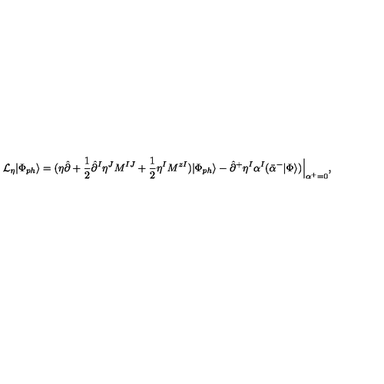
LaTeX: { \cal L } _ { \eta } | \Phi _ { p h } \rangle = ( \eta \hat { \partial } + \frac { 1 } { 2 } \hat { \partial } ^ { I } \eta ^ { J } M ^ { I J } + \frac { 1 } { 2 } \eta ^ { I } M ^ { z I } ) | \Phi _ { p h } \rangle - \hat { \partial } ^ { + } \eta ^ { I } \alpha ^ { I } ( \bar { \alpha } ^ { - } | \Phi \rangle ) \Bigr | _ { \alpha ^ { + } = 0 } ^ { \vphantom { 5 p t } } ,